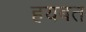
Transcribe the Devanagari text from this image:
हयबत